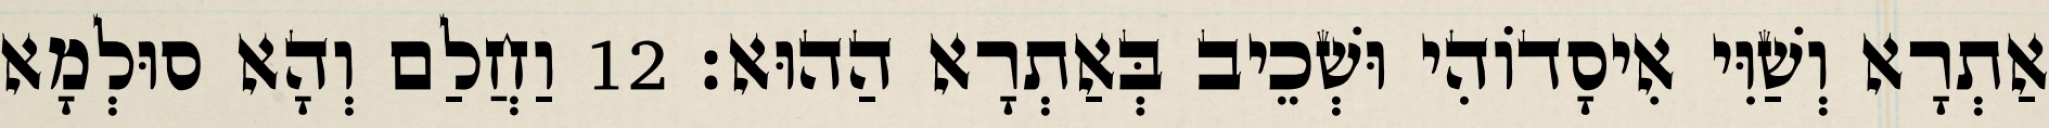
אַתְרָא וְשַׁוִּי אִיסָדוֹהִי וּשְׁכֵיב בְּאַתְרָא הַהוּא׃ 12 וַחֲלַם וְהָא סוּלְמָא